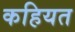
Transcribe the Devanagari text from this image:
कहियत